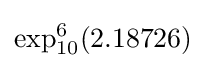
\exp _{10}^{6}(2.18726)